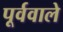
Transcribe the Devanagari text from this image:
पूर्ववाले